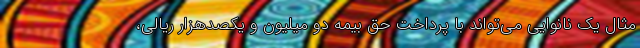
مثال یک نانوایی می‌تواند با پرداخت حق بیمه دو میلیون و یکصدهزار ریالی،